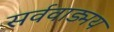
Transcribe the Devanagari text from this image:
सर्ववाड्मय